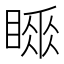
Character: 𥉚